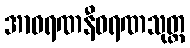
အာဝရဏနီဝရဏသုတ္တ